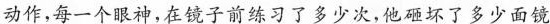
动作，每一个眼神，在镜子前练习了多少次，他砸坏了多少面镜